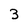
Character: 3